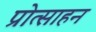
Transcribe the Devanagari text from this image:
प्रोत्साहन